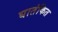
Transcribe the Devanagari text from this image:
घातंकित